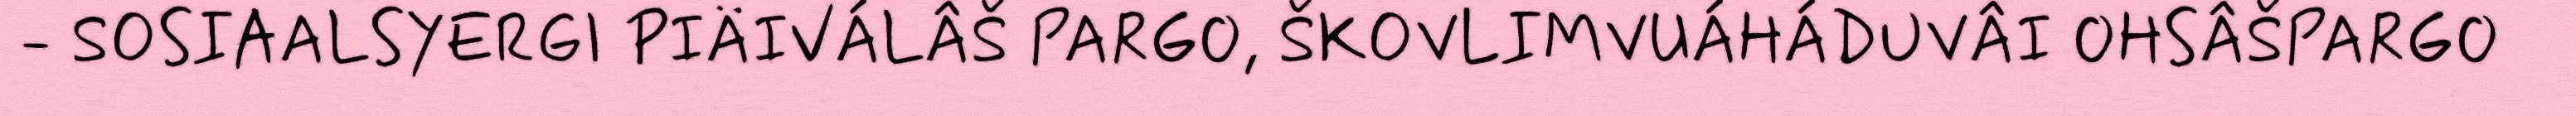
- SOSIAALSYERGI PIÄIVÁLÂŠ PARGO, ŠKOVLIMVUÁHÁDUVÂI OHSÂŠPARGO